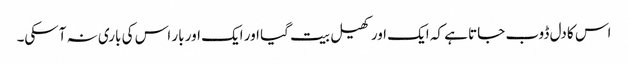
اس کا دل ڈوب جاتا ہے کہ ایک اور کھیل بیت گیا اور ایک اور بار اس کی باری نہ آسکی۔